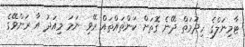
ޓާމިނަލްގެ ހިދުމަތް ދޭނެ ގޮތަށް ކަންތައްތައް ރޭވި ނަމަ މިއަދު އާ ރަންވޭގެ